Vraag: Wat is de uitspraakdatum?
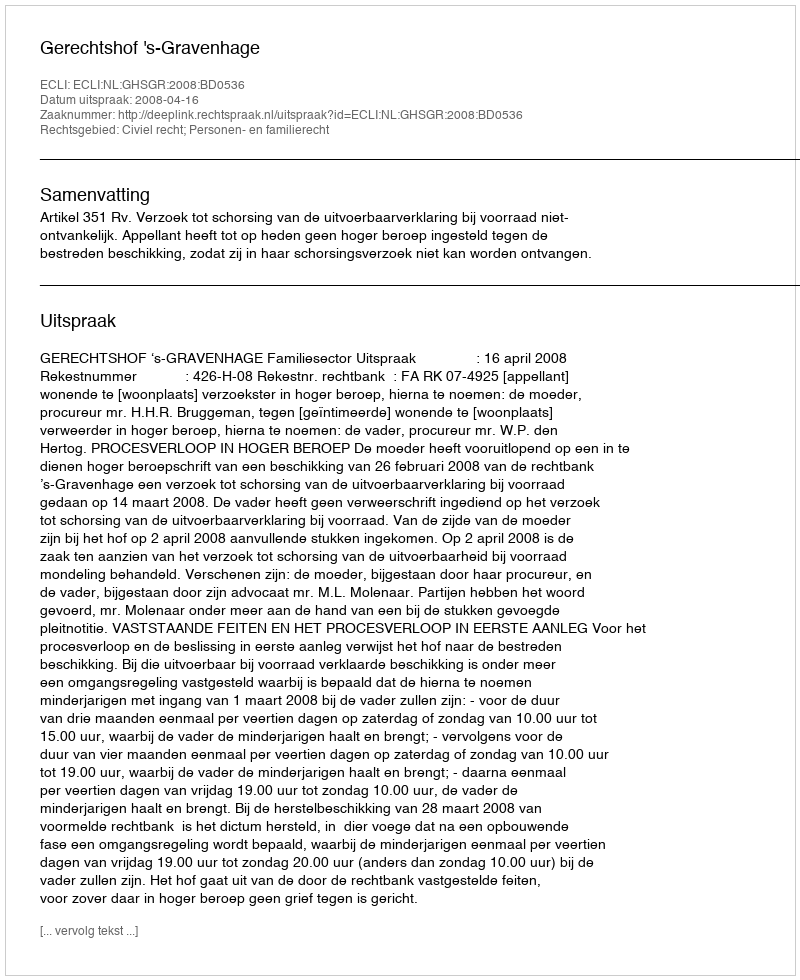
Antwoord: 2008-04-16